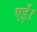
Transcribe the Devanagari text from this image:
एईं।